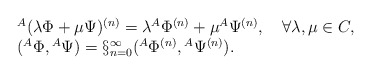
\begin{align*}\begin{array}{l}{}^{A}(\lambda\Phi +\mu\Psi)^{(n)}=\lambda {}^{A}\Phi^{(n)} + \mu {}^{A}\Psi^{(n)}, \quad \forall \lambda, \mu \in C,\\ ({}^{A}\Phi,{}^{A}\Psi)=\S^{\infty}_{n=0}({}^{A}\Phi^{(n)},{}^{A}\Psi^{(n)}).\end{array}\end{align*}